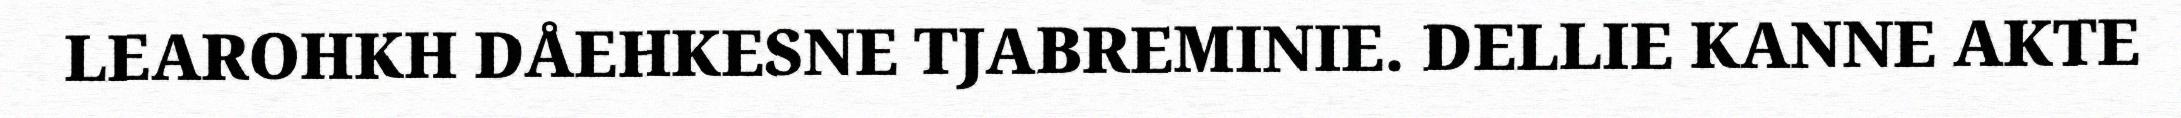
LEAROHKH DÅEHKESNE TJABREMINIE. DELLIE KANNE AKTE